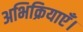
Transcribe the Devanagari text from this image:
अभिक्रियाएँ।